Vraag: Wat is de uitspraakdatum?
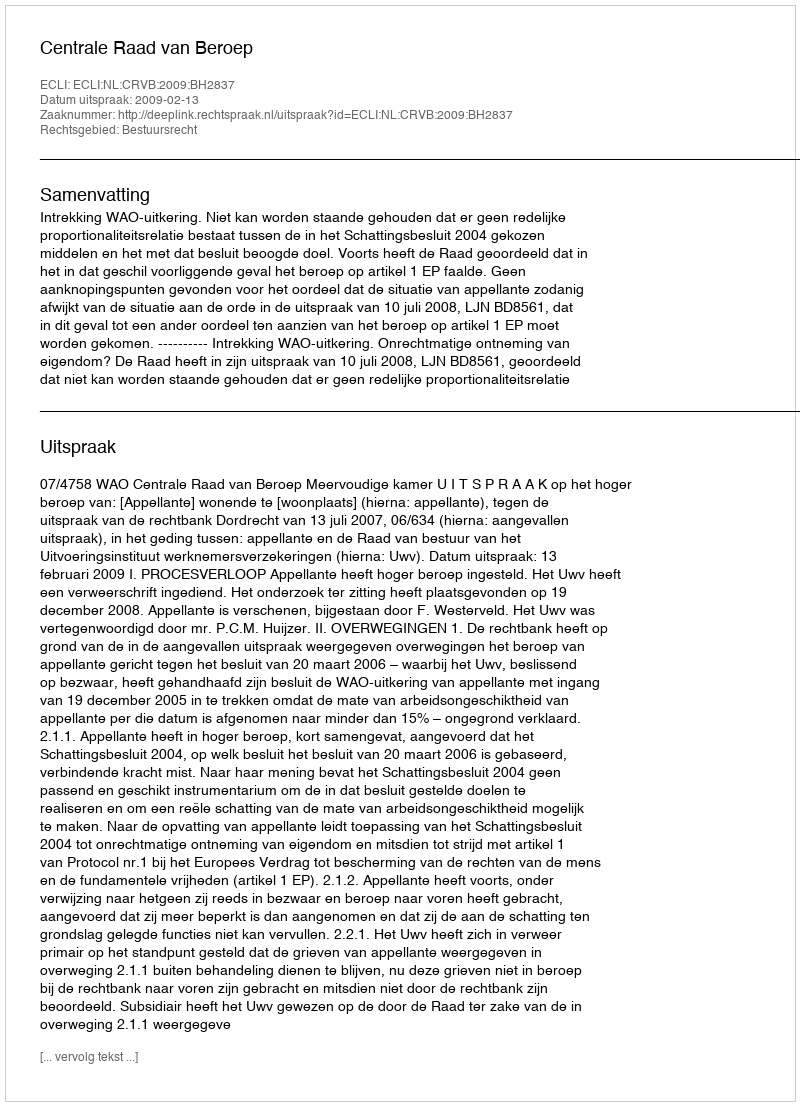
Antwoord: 2009-02-13